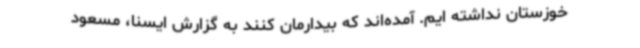
خوزستان نداشته ایم. آمده‌اند که بیدارمان کنند به گزارش ایسنا، مسعود